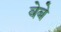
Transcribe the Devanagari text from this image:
वेबे